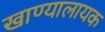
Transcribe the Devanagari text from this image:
खाण्यालायक